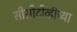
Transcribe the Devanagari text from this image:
सीसीटीव्हीच्या